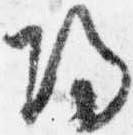
帰